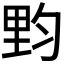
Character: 𰼙